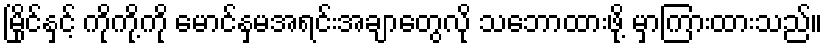
မြိုင်နှင့် ကိုကို့ကို မောင်နှမအရင်းအချာတွေလို သဘောထားဖို့ မှာကြားထားသည်။